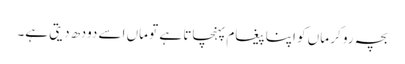
بچہ رو کر ماں کو اپنا پیغام پہنچاتا ہے تو ماں اسے دودھ دیتی ہے۔